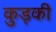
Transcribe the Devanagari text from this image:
कुड्की